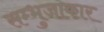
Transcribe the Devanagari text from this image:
सम्भुजाकार